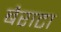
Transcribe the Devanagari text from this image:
बैराटा